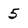
Character: 5